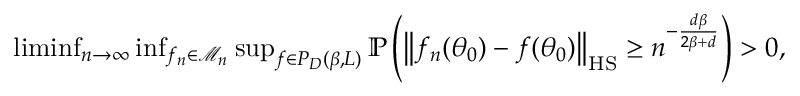
\begin{array} { r } { \operatorname* { l i m i n f } _ { n \to \infty } \operatorname* { i n f } _ { f _ { n } \in \mathcal { M } _ { n } } \operatorname* { s u p } _ { f \in { \cal P } _ { D } ( \beta , L ) } \mathbb { P } \left( \left\| f _ { n } ( \theta _ { 0 } ) - f ( \theta _ { 0 } ) \right\| _ { \mathrm { H S } } \ge n ^ { - \frac { d \beta } { 2 \beta + d } } \right) > 0 , } \end{array}